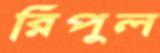
রিপুল